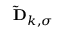
\mathbf { \widetilde { D } } _ { k , \sigma }